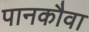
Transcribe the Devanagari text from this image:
पानकौवा